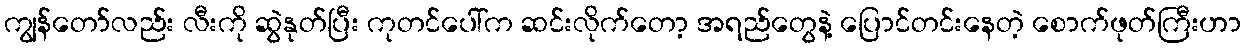
ကျွန်တော်လည်း လီးကို ဆွဲနုတ်ပြီး ကုတင်ပေါ်က ဆင်းလိုက်တော့ အရည်တွေနဲ့ ပြောင်တင်းနေတဲ့ စောက်ဖုတ်ကြီးဟာ